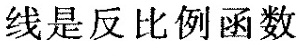
线是反比例函数